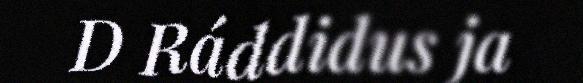
D Ráddidus ja